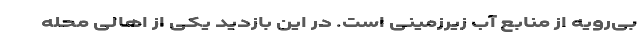
بی‌رویه از منابع آب زیرزمینی است. در این بازدید یکی از اهالی محله